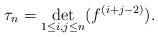
LaTeX: \begin{align*}\tau_n=\det_{1\leq i,j\leq n}(f^{(i+j-2)}). \end{align*}